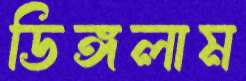
ডিঙ্গলাম